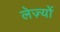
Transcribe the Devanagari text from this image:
लेज़्यों